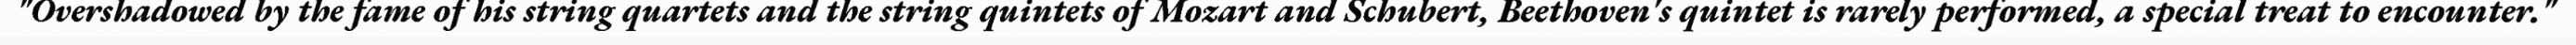
"Overshadowed by the fame of his string quartets and the string quintets of Mozart and Schubert, Beethoven's quintet is rarely performed, a special treat to encounter."